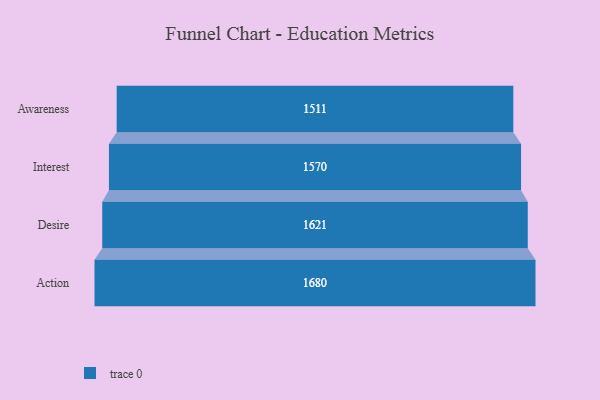
{"axis": {"x": "Stage", "y": "Value"}, "legend": [""], "data": [{"x": "Awareness", "y": 1511.0, "type": ""}, {"x": "Interest", "y": 1570.0, "type": ""}, {"x": "Desire", "y": 1621.0, "type": ""}, {"x": "Action", "y": 1680.0, "type": ""}]}